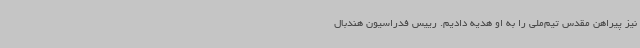
نیز پیراهن مقدس تیم‌ملی را به او هدیه دادیم. رییس فدراسیون هندبال